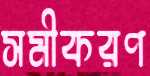
সমীকরণ